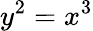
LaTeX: y^{2}=x^{3}